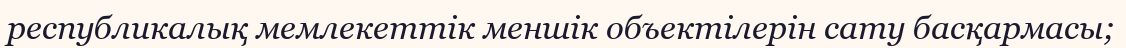
республикалық мемлекеттік меншік объектілерін сату басқармасы;